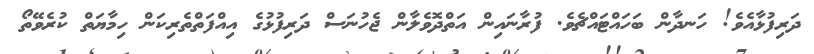
ދަރިފުޅާއެވެެ! ހަނދާން ބަހައްޓައްޗެވެ. ފުރާނައިން އަތްދޮވެލާން ޖެހުނަސް ދަރިފުޅުގެ އިއްފަތްތެރިކަން ހިމާޔަތް ކުރެވޭތޯ